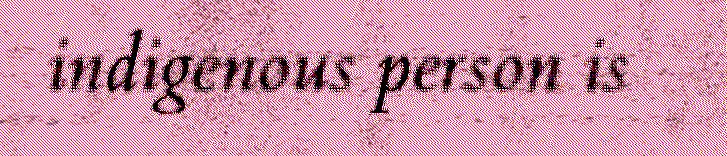
indigenous person is